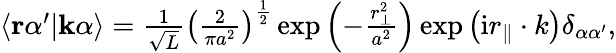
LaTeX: \begin{array}{r}{\langle\mathbf{r}\alpha^{\prime}|\mathbf{k}\alpha\rangle=\frac{1}{\sqrt{L}}\left(\frac{2}{\pi a^{2}}\right)^{\frac{1}{2}}\exp{\left(-\frac{r_{\perp}^{2}}{a^{2}}\right)}\exp{\left(\mathrm{i}r_{\parallel}\cdot k\right)}\delta_{\alpha\alpha^{\prime}},}\end{array}